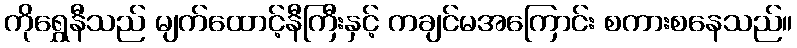
ကိုရွှေနီသည် မျက်ထောင့်နီကြီးနှင့် ကချင်မအကြောင်း စကားစနေသည်။